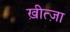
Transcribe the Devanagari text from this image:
ख़ीत्ज़ा